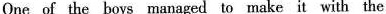
One of the boys managed to make it with the